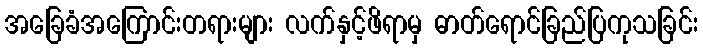
အခြေခံအကြောင်းတရားများ လက်နှင့်ဖိရာမှ ဓာတ်ရောင်ခြည်ပြကုသခြင်း